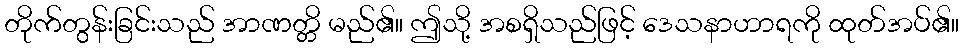
တိုက်တွန်းခြင်းသည် အာဏတ္တိ မည်၏။ ဤသို့ အစရှိသည်ဖြင့် ဒေသနာဟာရကို ထုတ်အပ်၏။